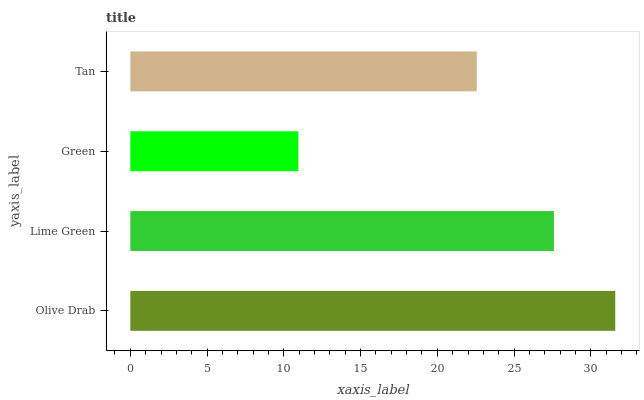
| yaxis_label | bars |
 | --- | --- |
 | Olive Drab | 31.6 |
 | Lime Green | 27.6 |
 | Green | 10.9 |
 | Tan | 22.6 |